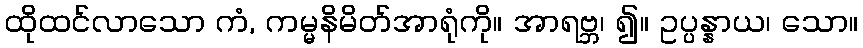
ထိုထင်လာသော ကံ, ကမ္မနိမိတ်အာရုံကို။ အာရဗ္ဘ၊ ၍။ ဥပ္ပန္နာယ၊ သော။